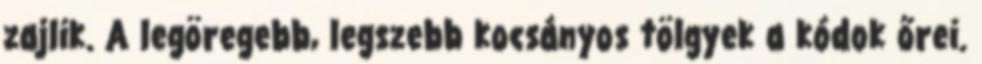
zajlik. A legöregebb, legszebb kocsányos tölgyek a kódok őrei.